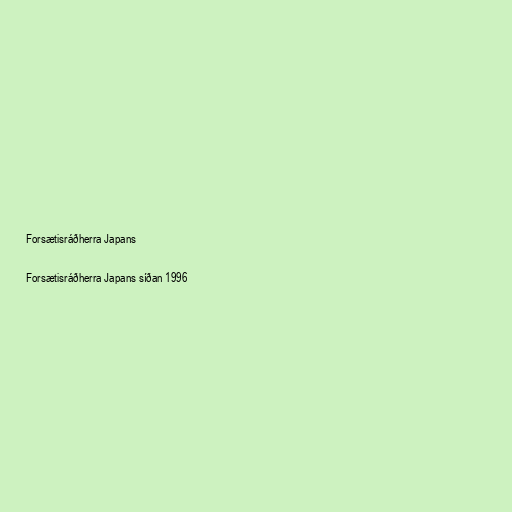
Forsætisráðherra Japans

Forsætisráðherra Japans síðan 1996